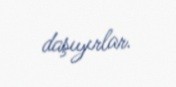
daşıyırlar.